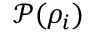
\mathcal { P } ( \rho _ { i } )